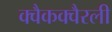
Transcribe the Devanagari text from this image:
क्वैकक्वैरली